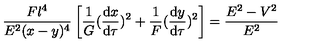
\frac { F l ^ { 4 } } { E ^ { 2 } ( x - y ) ^ { 4 } } \left[ \frac { 1 } { G } ( \frac { \mathrm { d } x } { \mathrm { d } \tau } ) ^ { 2 } + \frac { 1 } { F } ( \frac { \mathrm { d } y } { \mathrm { d } \tau } ) ^ { 2 } \right] = \frac { E ^ { 2 } - V ^ { 2 } } { E ^ { 2 } }